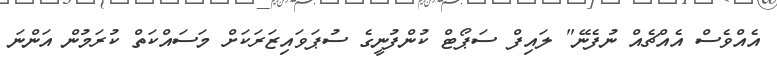
އެއްވެސް އެއްޗެއް ނުފެނޭ" ލައިފް ސަޕޯޓް ކުންފުނީގެ ސުޕަވައިޒަރަކަށް މަސައްކަތް ކުރަމުން އަންނަ